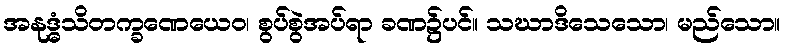
အနုဒ္ဓံသိတက္ခဏေယေဝ၊ စွပ်စွဲအပ်ရာ ခဏ၌ပင်။ သဃာဒိသေသော၊ မည်သော။